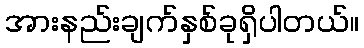
အားနည်းချက်နှစ်ခုရှိပါတယ်။